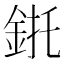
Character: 𲇌